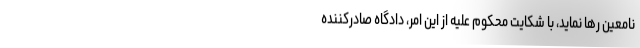
نامعین رها نماید، با شکایت محکومٌ علیه از این امر، دادگاه صادرکننده